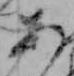
あ